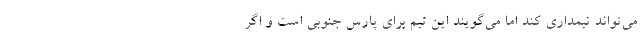
می‌تواند تیمداری کند اما می‌گویند این تیم برای پارس جنوبی است و اگر